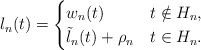
\begin{align*}l_n (t) = \begin{cases}w_n(t) & t \notin H_n, \\ \tilde{l}_n (t) + \rho_n & t \in H_n.\end{cases}\end{align*}